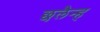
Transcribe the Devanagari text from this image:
छलैन्ह